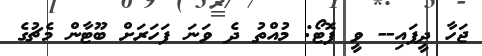
ޖަހާ ދީފައި-- ވީ ފޮޓޯ: މުއްތު ދެ ވަނަ ފަހަރަށް ބޫޓާން މެޗުގެ